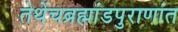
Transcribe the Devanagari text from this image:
तेथेंचब्रह्मांडपुराणांत